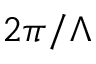
2 \pi / \Lambda